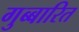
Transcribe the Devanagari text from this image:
गुब्बारित